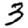
Digit: 3